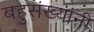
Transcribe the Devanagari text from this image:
बहुसंख्यांनी